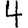
Digit: 4